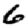
Digit: 6